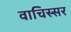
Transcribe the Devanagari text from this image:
वाचिस्सर